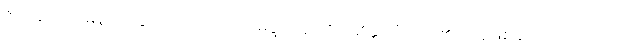
ဇဝနေ၊ လျှင်မြန်ခြင်းနှင့်လည်းကောင်း။ မဒ္ဒဝေန၊ ကိုယ်၏နူးညံသည်၏အအဖြစ်နှင့်လည်းကောင်း။